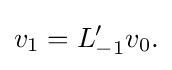
\displaystyle {v_{1}=L_{-1}^{\prime }v_{0}.}